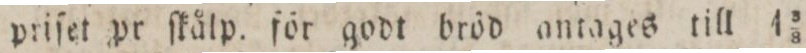
priſet pr ſkålp. för godt bröd antages till 4 3/8